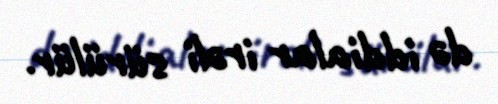
də iddialar irəli sürülür.